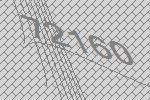
72160